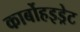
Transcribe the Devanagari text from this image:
कार्बोहइड्रेट